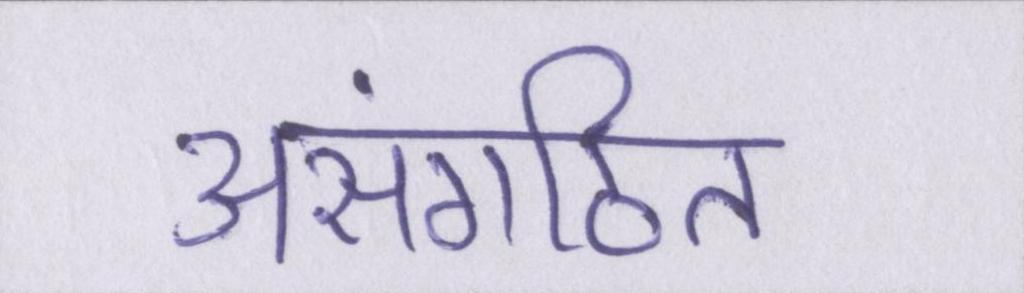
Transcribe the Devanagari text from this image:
असंगठित